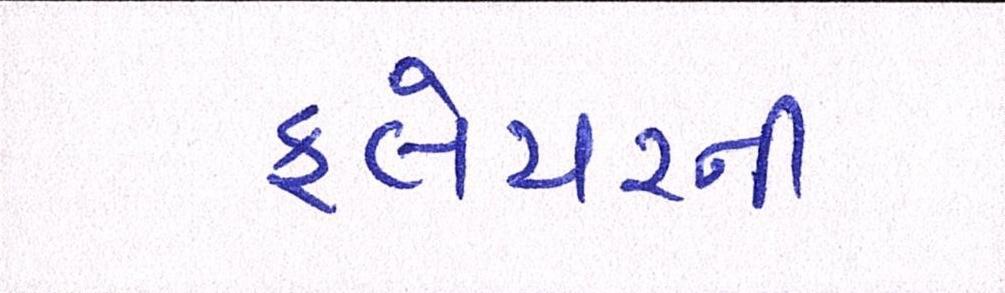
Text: ફ્લેચરની